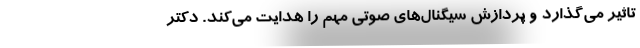
تاثیر می‌گذارد و پردازش سیگنال‌های صوتی مهم را هدایت می‌کند. دکتر